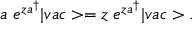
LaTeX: a \; e ^ { z a ^ { \dagger } } | v a c > = z \; e ^ { z a ^ { \dagger } } | v a c > .